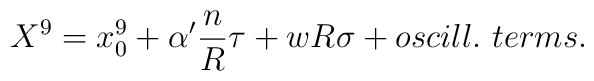
X^9=x^9_0 + \alpha' {n\over R} \tau + w R \sigma + oscill.\ terms.